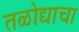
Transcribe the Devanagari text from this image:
तळोद्याचा